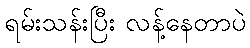
ရမ်းသန်းပြီး လန့်နေတာပဲ